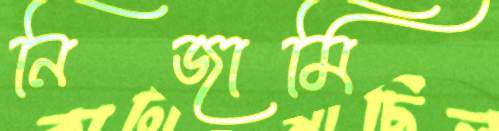
নিজামি